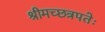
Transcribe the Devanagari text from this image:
श्रीमच्छत्रपतेः